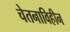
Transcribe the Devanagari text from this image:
चेतनाविहीन